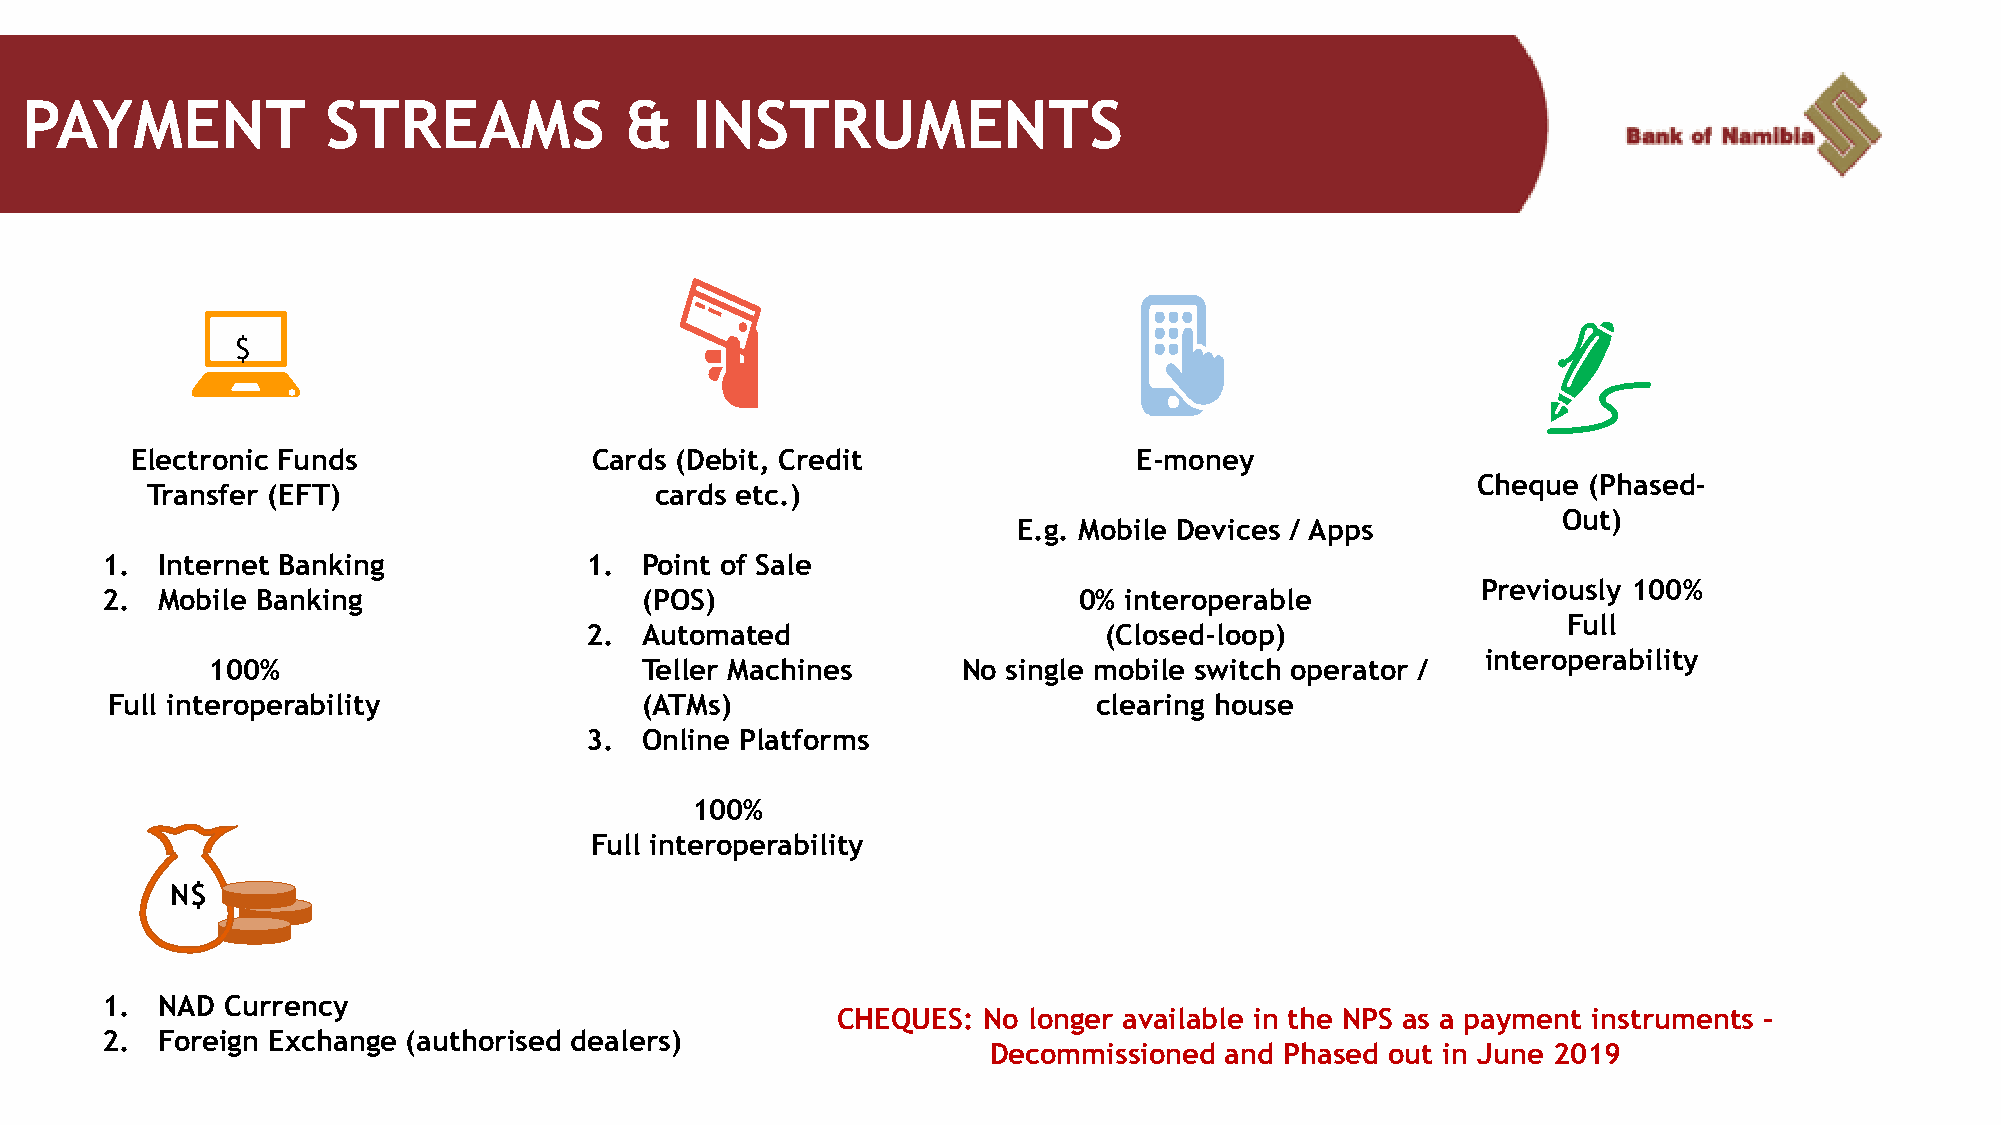
PAYMENT              STREAMS            &    INSTRUMENTS
 $
 Electronic Funds              Cards (Debit, Credit                E-money
 Cheque (Phased-
 Transfer (EFT)                   cards etc.)
 Out)
 E.g. Mobile Devices / Apps
 1. Internet Banking             1. Point of Sale
 Previously 100%
 2. Mobile Banking                  (POS)                        0% interoperable
 Full
 2. Automated                      (Closed-loop)
 interoperability
 100%                        Teller Machines       No single mobile switch operator /
 Full interoperability              (ATMs)                         clearing house
 3. Online Platforms
 100%
 Full interoperability
 N$
 1. NAD  Currency
 CHEQUES:  No longer available in the NPS as a payment instruments –
 2. Foreign Exchange (authorised dealers)
 Decommissioned and Phased out in June 2019